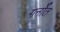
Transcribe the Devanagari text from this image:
गर्नोत